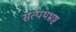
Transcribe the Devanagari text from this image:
सत्पथभ्रष्ट